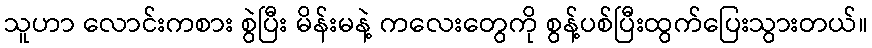
သူဟာ လောင်းကစား စွဲပြီး မိန်းမနဲ့ ကလေးတွေကို စွန့်ပစ်ပြီးထွက်ပြေးသွားတယ်။